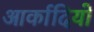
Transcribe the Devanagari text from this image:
आर्कादियो